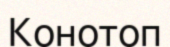
Конотоп